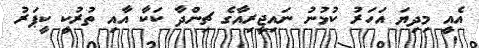
އެއީ މިދިޔަ އަހަރު ކުޅުނު ނައިޖީރިއާގެ ޗިންދާ ކަކާ އާއި ތުރުކީ ކީޕަރު